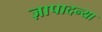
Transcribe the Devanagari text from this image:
ज़ापादन्या